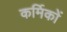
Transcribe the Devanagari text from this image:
कर्मिकाें